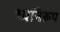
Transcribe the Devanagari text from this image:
ध्वनिरूप